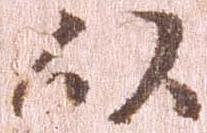
以